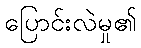
ပြောင်းလဲမှု၏